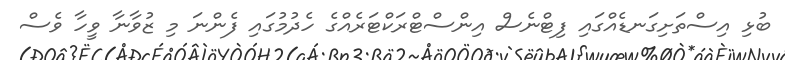
ބުޅި އިސްތަށިގަނޑެއްގައި ފިޓްނެސް އިންސްޓްރަކްޓަރެއްގެ ހެދުމުގައި ފެންނަ މި ޒުވާނާ ވީހާ ވެސް